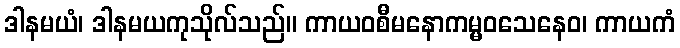
ဒါနမယံ၊ ဒါနမယကုသိုလ်သည်။ ကာယဝစီမနောကမ္မဝသေနေဝ၊ ကာယကံ